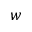
w